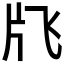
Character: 𱭙